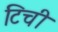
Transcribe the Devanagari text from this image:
टिची